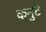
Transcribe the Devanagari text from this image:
कनुटे